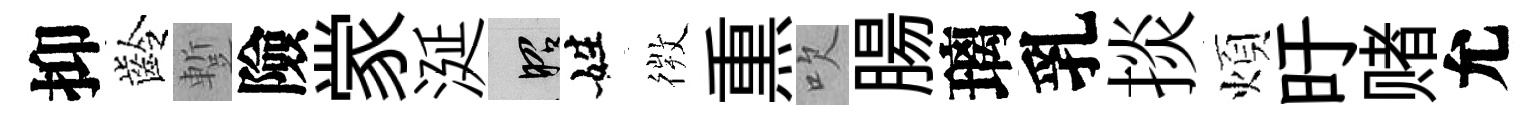
抑齡蹔險䝉涎昭姓𢕄𤋱吹腸璃乳掞煩旴赌允